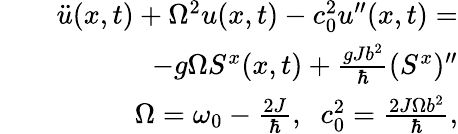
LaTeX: \begin{array}{rlr}&{}&{\ddot{u}(x,t)+\Omega^{2}u(x,t)-c_{0}^{2}u^{\prime\prime}(x,t)=}\\ &{}&{-g\Omega S^{x}(x,t)+\frac{gJb^{2}}{\hbar}(S^{x})^{\prime\prime}}\\ &{}&{\Omega=\omega_{0}-\frac{2J}{\hbar},\; \; c_{0}^{2}=\frac{2J\Omega b^{2}}{\hbar},}\end{array}